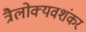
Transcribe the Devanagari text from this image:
त्रैलोक्यवशंकर